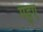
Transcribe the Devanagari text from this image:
मडुए